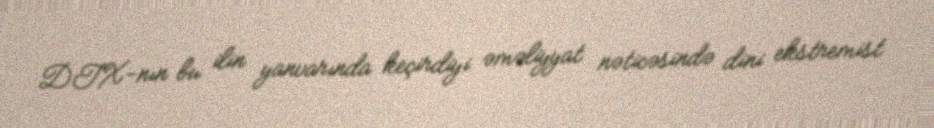
DTX-nın bu ilin yanvarında keçirdiyi əməliyyat nəticəsində dini ekstremist